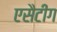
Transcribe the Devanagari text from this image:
एसैटीग